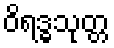
ဝိရဒ္ဓသုတ္တ